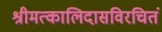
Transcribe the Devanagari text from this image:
श्रीमत्कालिदासविरचितं